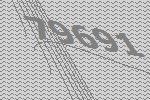
79691